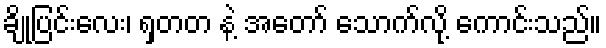
ချိုပြင်းလေး၊ ရှတတ နဲ့ အတော် သောက်လို့ ကောင်းသည်။